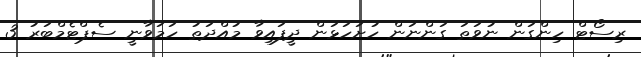
ރިސޯޓް ހިންގަން ނުވަތަ ގަންނަން ހުށަހަޅަން ދީފައިވާ މުއްދަތު ހަމަވާނީ ސެޕްޓެމްބަރު 3